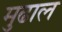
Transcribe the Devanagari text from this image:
मुढाल